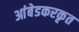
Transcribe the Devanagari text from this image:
आंबेडकरकृत